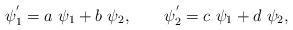
LaTeX: \begin{align*}\psi_{1}^{'} = a~\psi_{1} + b~\psi_{2},~~~~~~\psi_{2}^{'} = c~\psi_{1} + d~\psi_{2},\end{align*}